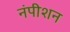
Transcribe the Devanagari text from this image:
नंपीशन